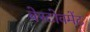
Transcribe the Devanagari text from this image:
बेस्टोवमेंट